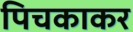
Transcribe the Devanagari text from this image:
पिचकाकर